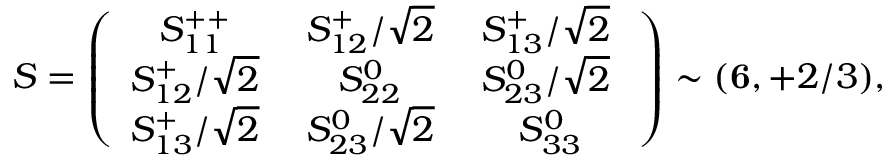
S = \left( \begin{array} { c c c } { { S _ { 1 1 } ^ { + + } \; } } & { { S _ { 1 2 } ^ { + } / \sqrt 2 \; } } & { { S _ { 1 3 } ^ { + } / \sqrt 2 \; } } \\ { { S _ { 1 2 } ^ { + } / \sqrt 2 \; } } & { { S _ { 2 2 } ^ { 0 } \; } } & { { S _ { 2 3 } ^ { 0 } / \sqrt 2 \; } } \\ { { S _ { 1 3 } ^ { + } / \sqrt 2 \; } } & { { S _ { 2 3 } ^ { 0 } / \sqrt 2 \; } } & { { S _ { 3 3 } ^ { 0 } } } \end{array} \right) \sim ( { \bf 6 } , + 2 / 3 ) ,